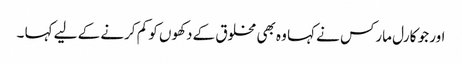
اور جو کارل مارکس نے کہا وہ بھی مخلوق کے دکھوں کو کم کرنے کے لیے کہا ۔